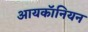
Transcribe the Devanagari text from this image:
आयकॉनियन